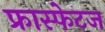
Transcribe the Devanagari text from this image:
फ्रास्फेटज